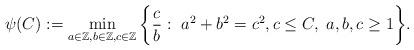
LaTeX: \begin{align*}\psi(C) := \min_{ a\in\mathbb{Z}, b\in\mathbb{Z}, c\in\mathbb{Z} } \bigg\{ \frac{c}{b} : \ a^2+b^2 = c^2, c \le C, \ a,b,c \ge 1 \bigg\}.\end{align*}